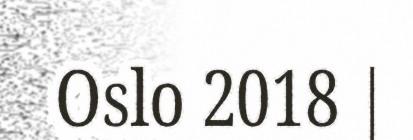
Oslo 2018 |